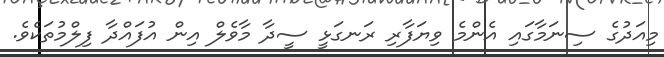
މިއަދުގެ ސިނަމާގައި އެންމެ ވިޔަފާރި ރަނގަޅީ ސީދާ މާވެލް އިން އުފައްދާ ފިލްމުތަކެވެ.